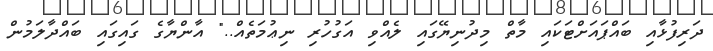
ދަރިފުޅާއި ބައްޕައަށްޓަކައި މާތް މިދުނިޔޭގައި ލެއްވި އަގުހުރި ނިޢުމަތެއް.." އާންޔާގެ ގައިގައި ބައްދާލަމުން